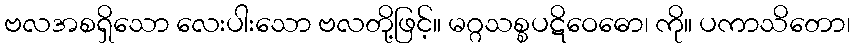
ဗလအစရှိသော လေးပါးသော ဗလတို့ဖြင့်။ မဂ္ဂသစ္စပဋိဝေဓော၊ ကို။ ပကာသိတော၊